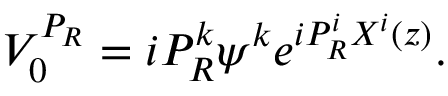
V _ { 0 } ^ { P _ { R } } = i P _ { R } ^ { k } \psi ^ { k } e ^ { i P _ { R } ^ { i } X ^ { i } ( z ) } .